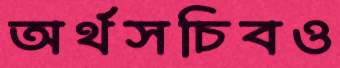
অর্থসচিবও